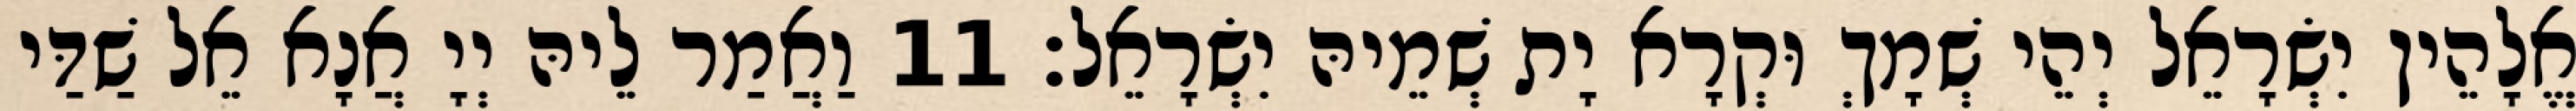
אֱלָהֵין יִשְׂרָאֵל יְהֵי שְׁמָךְ וּקְרָא יָת שְׁמֵיהּ יִשְׂרָאֵל׃ 11 וַאֲמַר לֵיהּ יְיָ אֲנָא אֵל שַׁדַּי